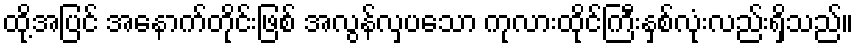
ထို့အပြင် အနောက်တိုင်းဖြစ် အလွန်လှပသော ကုလားထိုင်ကြီးနှစ်လုံးလည်းရှိသည်။